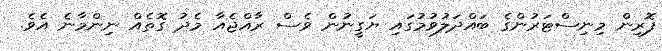
ފޮރިން މިނިސްޓަރުންގެ ބައްދަލުވުމުގައި ޔަގީނުން ވެސް ރާއްޖެއާ މެދު ގޮތެއް ނިންމާނެ އެވެ.